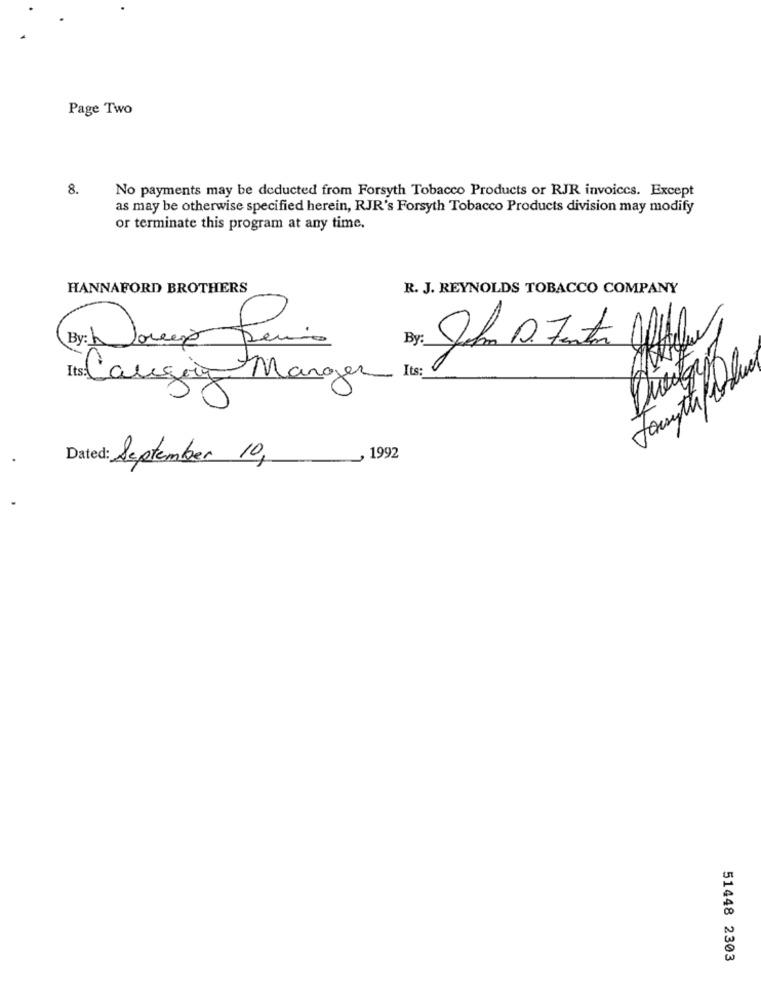
Page Two
8.
No payments may be deducted from Forsyth Tobacco Products or RJR invoices. Except
as may be otherwise specified herein, RJR's Forsyth Tobacco Products division may modify
or terminate this program at any time.
HANNAFORD BROTHERS
R. J. REYNOLDS TOBACCO COMPANY
By:
Sola D. Fantas
Its:
Its: Cangoing Manger
Dated: September 10,
, 1992
-
51448 2303